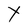
Character: Y